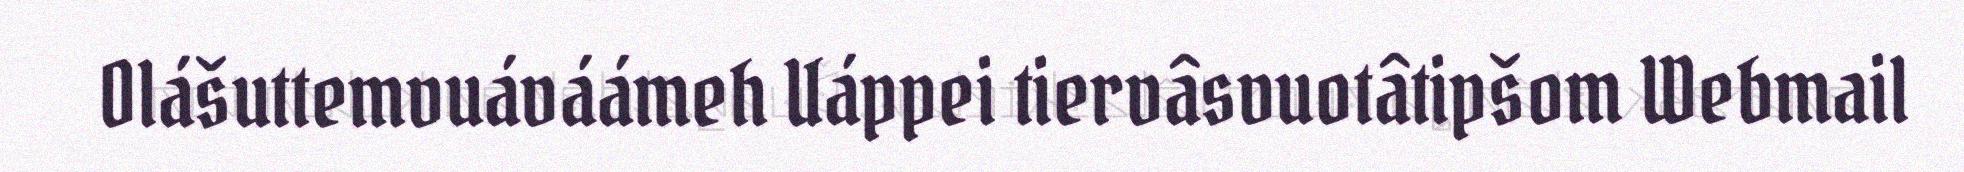
Olášuttemvuáváámeh Uáppei tiervâsvuotâtipšom Webmail